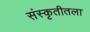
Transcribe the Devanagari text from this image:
संस्कृतीतला